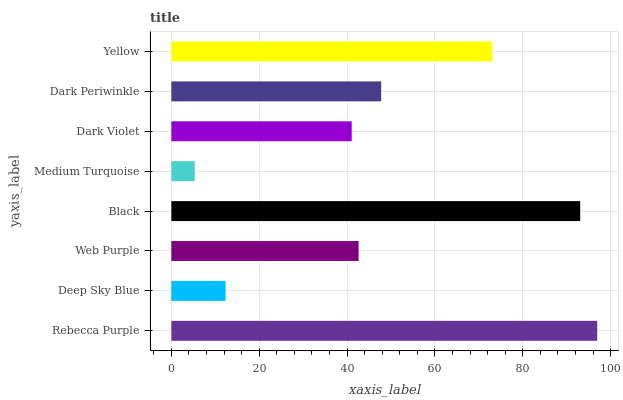
| yaxis_label | bars |
 | --- | --- |
 | Rebecca Purple | 97 |
 | Deep Sky Blue | 12.3 |
 | Web Purple | 42.6 |
 | Black | 93.1 |
 | Medium Turquoise | 5.33 |
 | Dark Violet | 41.1 |
 | Dark Periwinkle | 47.8 |
 | Yellow | 73.1 |